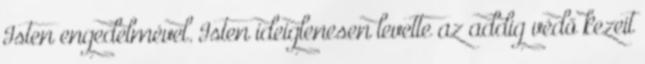
Isten engedelmével. Isten ideiglenesen levette az addig védő kezeit